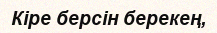
Кіре берсін берекең,